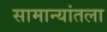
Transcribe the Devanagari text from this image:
सामान्यांतला